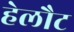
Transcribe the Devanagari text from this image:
हेलौट